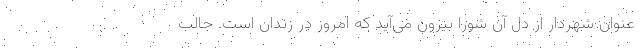
عنوان شهردار از دل آن شورا بیرون می‌آید که امروز در زندان است. جالب